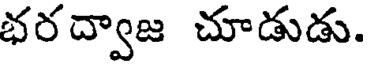
భరద్వాజ చూడుడు.